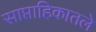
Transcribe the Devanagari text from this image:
साप्ताहिकातले